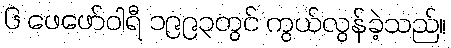
၆ ဖေဖော်ဝါရီ ၁၉၉၃တွင် ကွယ်လွန်ခဲ့သည်။